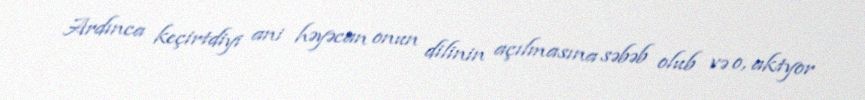
Ardınca keçirtdiyi ani həyəcan onun dilinin açılmasına səbəb olub və o, aktyor